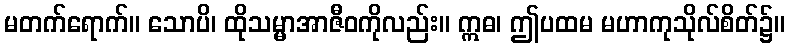
မတက်ရောက်။ သောပိ၊ ထိုသမ္မာအာဇီဝကိုလည်း။ ဣဓ၊ ဤပထမ မဟာကုသိုလ်စိတ်၌။